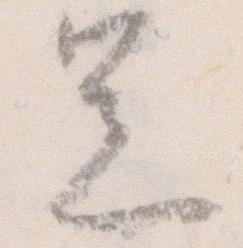
足